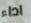
اداء